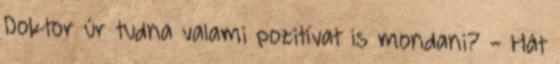
Doktor úr tudna valami pozitívat is mondani? - Hát